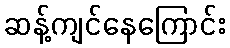
ဆန့်ကျင်နေကြောင်း